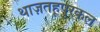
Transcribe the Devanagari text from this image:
थाज़तहूपुरकल